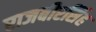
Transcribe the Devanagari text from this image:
राजबीरसिंह